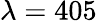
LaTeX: \lambda=405